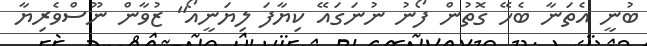
ބުނީ އެތަނާ ބެހޭ ގޮތުން ފޯނު ނުނަގައޭ ކިޔާފަ ލިޔަނީއޯ" ޒުވާން ނޫސްވެރިޔާ